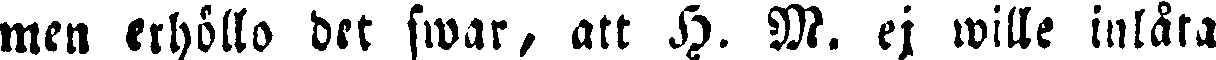
men erhöllo det swar, att H. M. ej wille inlåta